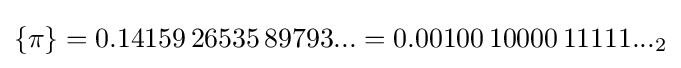
\{\pi \}=0.14159\,26535\,89793...=0.00100\,10000\,11111..._{2}